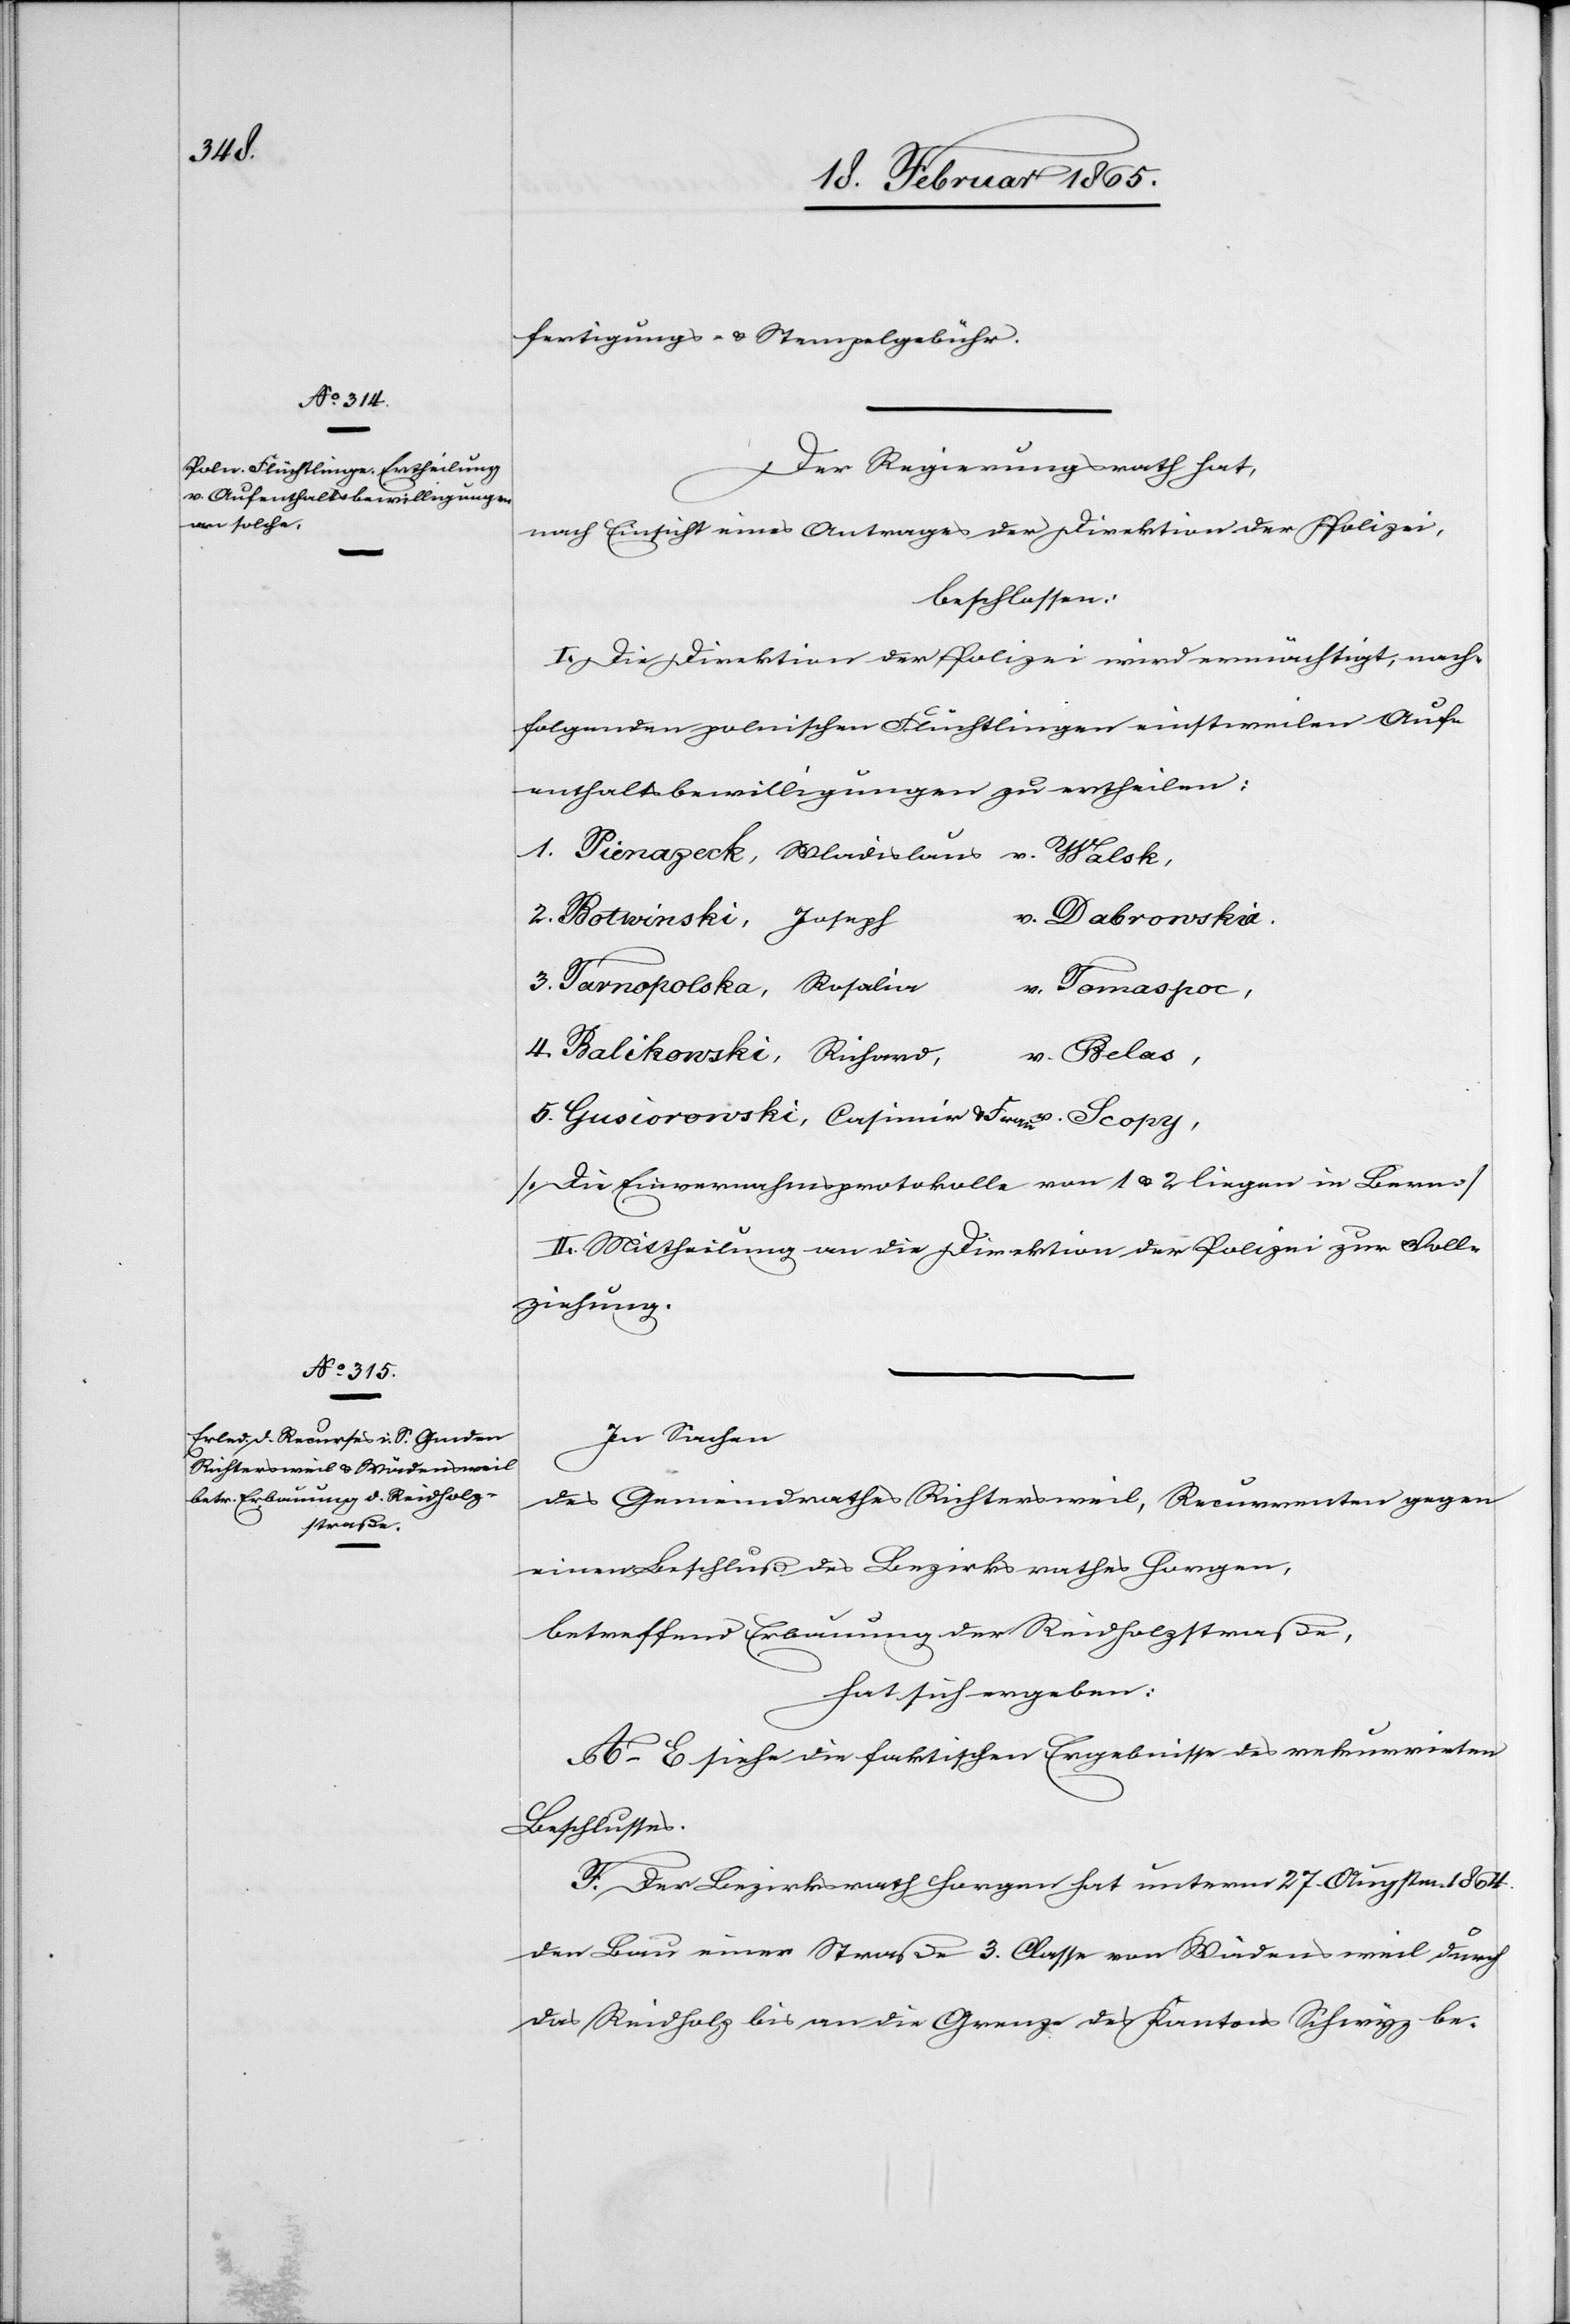
fertigungs- u. Stempelgebühr.
Der Regierungsrath hat,
nach Einsicht eines Antrages der Direktion der Polizei,
beschlossen:
I. Die Direktion der Polizei wird ermächtigt, nach¬
folgenden polnischen Flüchtlingen einstweilen Auf¬
enthaltsbewilligungen zu ertheilen:
1. Pienazeck, Wladislaus v. Walsk,
v. Dabrowskia,
2. Botwinski, Joseph
3. Tarnopolska, Rosalia
v. Tomaspoc,
4. Balikowski, Richard,
v. Belas,
5. Gusiorowski, Casimir u. Frau v. Scopy,
[Die Einvernahmsprotokolle von 1 u. 2 liegen in Bern]
II. Mittheilung an die Direktion der Polizei zur Voll¬
ziehung.
In Sachen
des Gemeindrathes Richtersweil, Recurrenten gegen
einen Beschluß des Bezirksrathes Horgen,
betreffend Erbauung der Reidholzstraße,
hat sich ergeben:
A–E siehe die faktischen Ergebnisse des rekurrirten
Beschlusses.
F. Der Bezirksrath Horgen hat unterm 27. Augstm. 1864
den Bau einer Straße 3. Classe von Wädensweil durch
das Reidholz bis an die Grenze des Kantons Schwyz be-